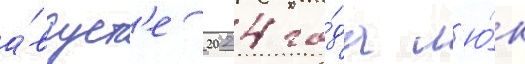
а́вгуст'е 2024 го́да л'ю́к